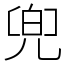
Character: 兜